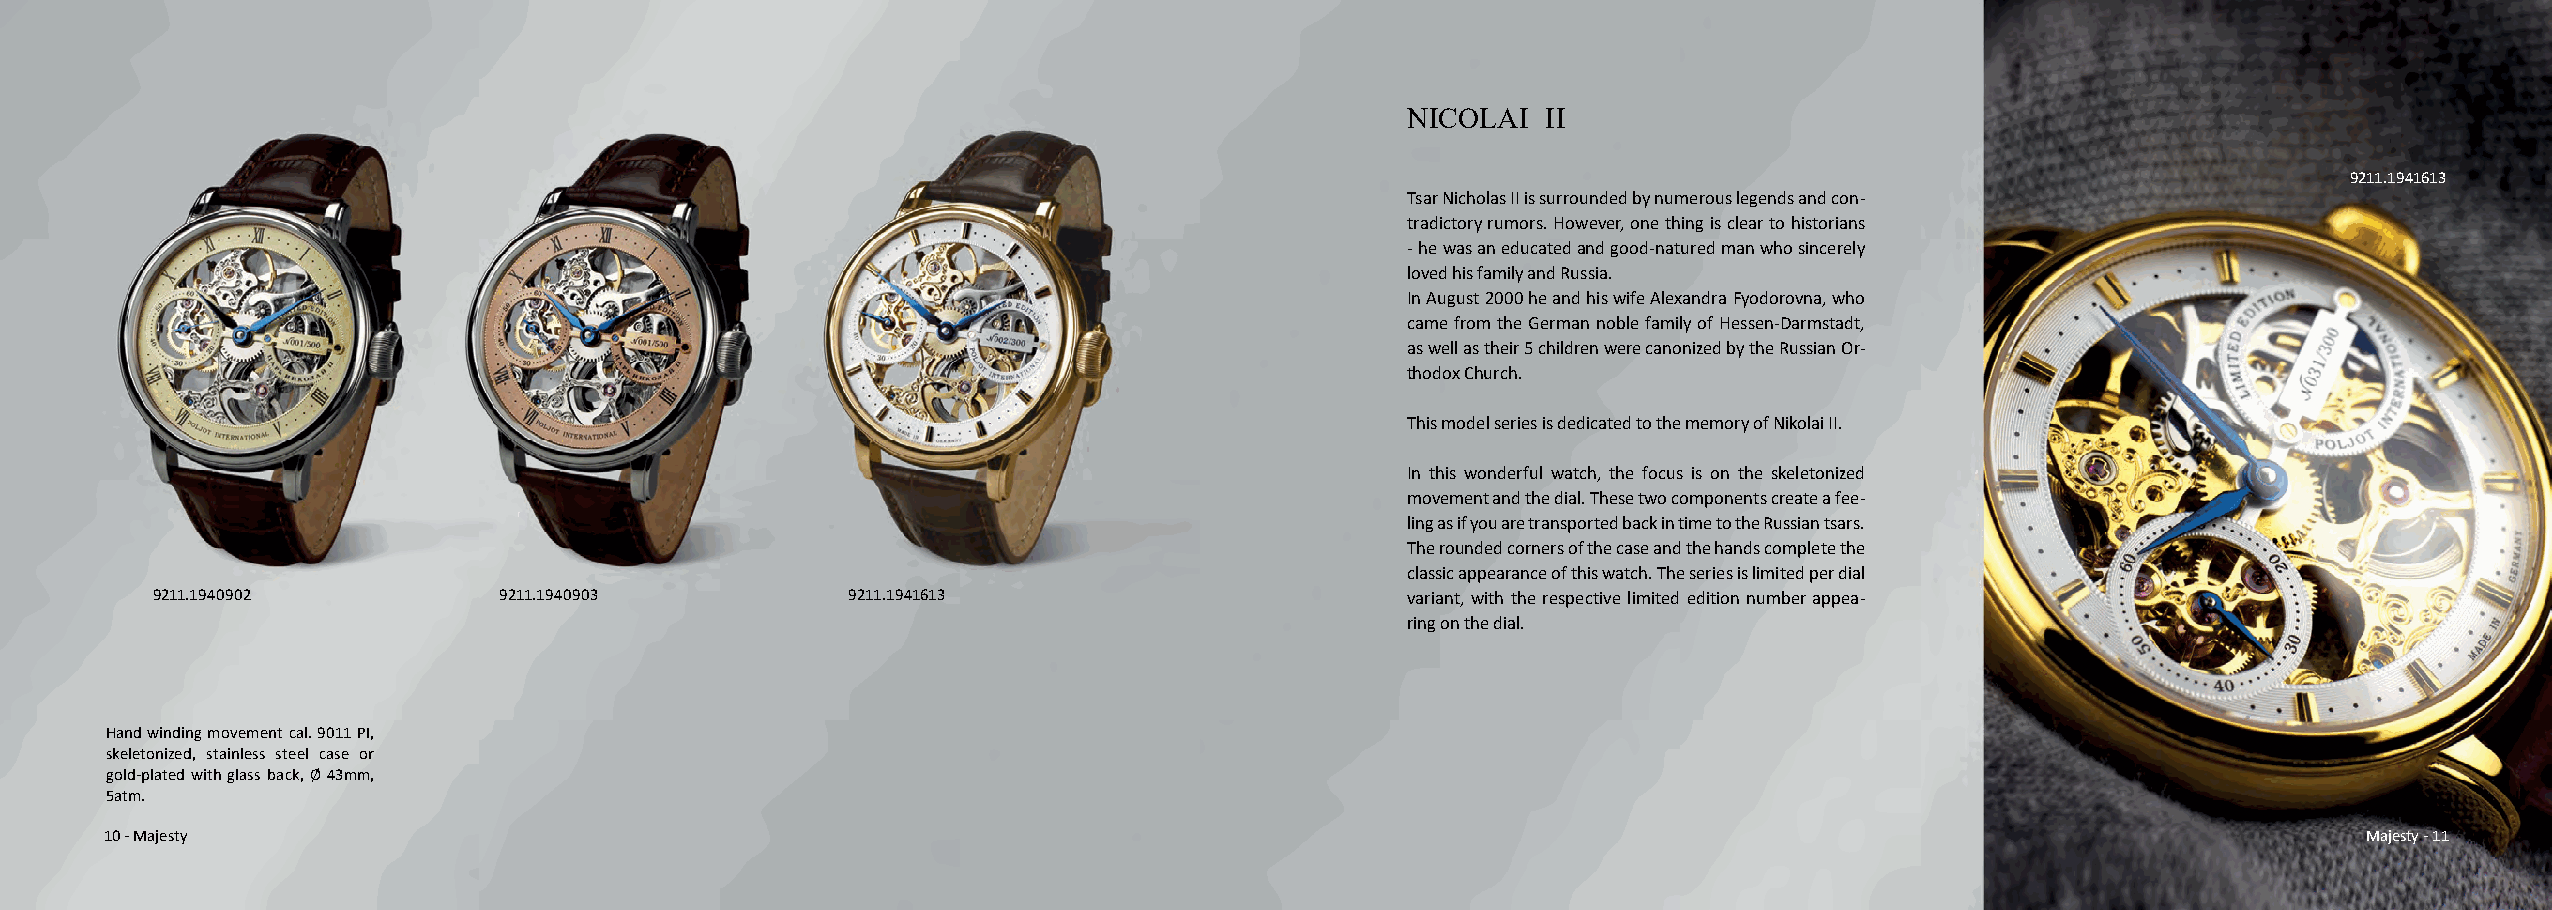
NICOLAI  II
 9211.1941613
 Tsar Nicholas II is surrounded by numerous legends and con-
 tradictory rumors. However, one thing is clear to historians
 - he was an educated and good-natured man who sincerely
 loved his family and Russia.
 In August 2000 he and his wife Alexandra Fyodorovna, who
 came from the German noble family of Hessen-Darmstadt,
 as well as their 5 children were canonized by the Russian Or-
 thodox Church.
 This model series is dedicated to the memory of Nikolai II.
 In this wonderful watch, the focus is on the skeletonized
 movement and the dial. These two components create a fee-
 ling as if you are transported back in time to the Russian tsars.
 The rounded corners of the case and the hands complete the
 classic appearance of this watch. The series is limited per dial
 9211.1940902           9211.1940903           9211.1941613                         variant, with the respective limited edition number appea-
 ring on the dial.
 Hand winding movement cal. 9011 PI,
 skeletonized, stainless steel case or
 gold-plated with glass back, Ø 43mm,
 5atm.
 10 - Majesty                                                                                                                                          Majesty - 11